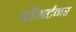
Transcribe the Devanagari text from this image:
बॉगर्टनर